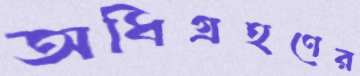
অধিগ্রহণের